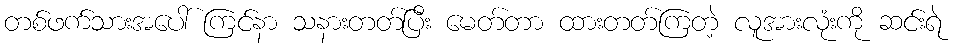
တစ်ဖက်သားအပေါ် ကြင်နာ သနားတတ်ပြီး မေတ်တာ ထားတတ်ကြတဲ့ လူအားလုံးကို ဆင်းရဲ